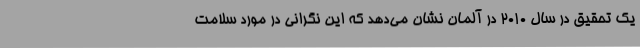
یک تحقیق در سال 2010 در آلمان نشان می‌دهد که این نگرانی در مورد سلامت